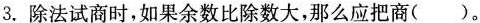
3.除法试商时，如果余数比除数大，那么应把商( )。